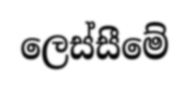
ලෙස්සීමේ